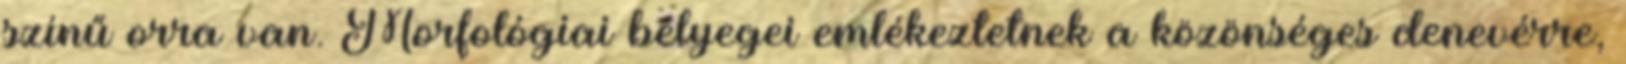
színű orra van. Morfológiai bélyegei emlékeztetnek a közönséges denevérre,